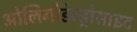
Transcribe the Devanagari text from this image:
ओलिगोडेन्ड्रोसाइट